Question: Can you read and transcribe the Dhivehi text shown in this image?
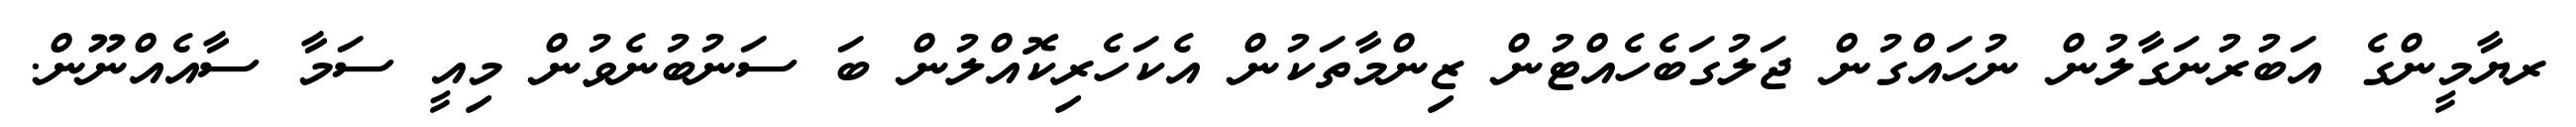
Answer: ރޔާމީންގެ އަބުރުނަގާލުން ނުހައްގުން ޖަލުގަބެހެއްޓުން ޒިންމާތަކުން އެކަހެރިކޮއްލުން ބަ ސަނުބުނެވުން މިއީ ސަމާ ސާއެއްނޫން.